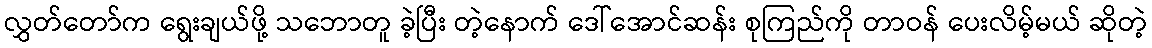
လွှတ်တော်က ရွေးချယ်ဖို့ သဘောတူ ခဲ့ပြီး တဲ့နောက် ဒေါ်အောင်ဆန်း စုကြည်ကို တာဝန် ပေးလိမ့်မယ် ဆိုတဲ့